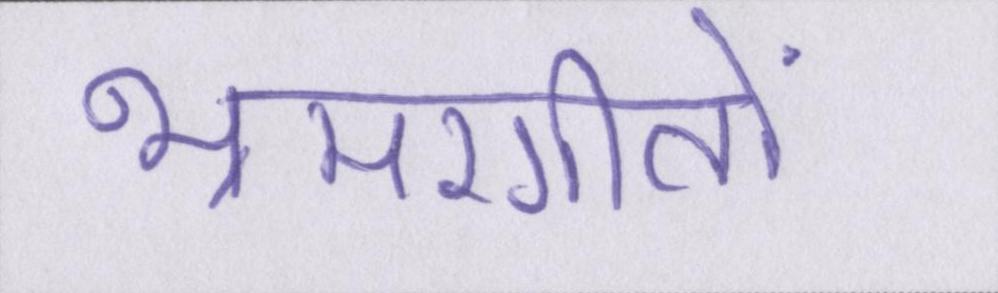
भ्रमरगीतों